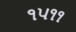
૧૫૧૧